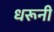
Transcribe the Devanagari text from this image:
धरूनी